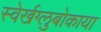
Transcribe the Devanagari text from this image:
स्वेर्खग्लुबोकाया